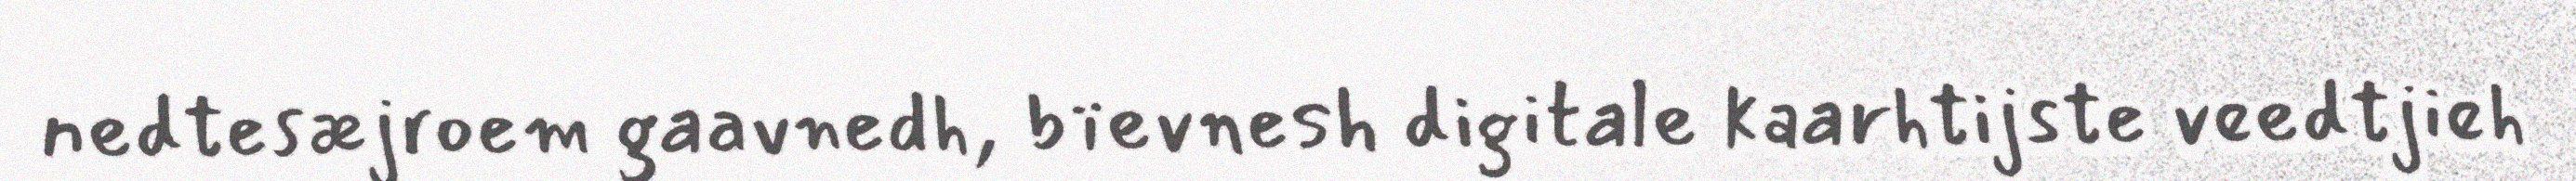
nedtesæjroem gaavnedh, bïevnesh digitale kaarhtijste veedtjieh